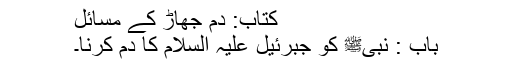
کتاب: دم جھاڑ کے مسائل
باب : نبیﷺ کو جبرئیل علیہ السلام کا دم کرنا۔